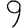
Digit: 9